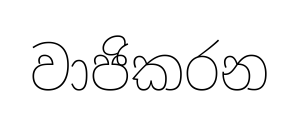
වාජිකරන